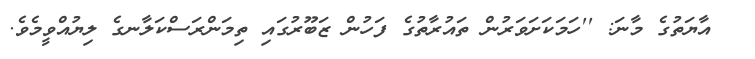
އާޔަތުގެ މާނަ: ''ހަމަކަށަވަރުން ތައުރާތުގެ ފަހުން ޒަބޫރުގައި ތިމަންރަސްކަލާނގެ ލިޔުއްވީމެވެ.